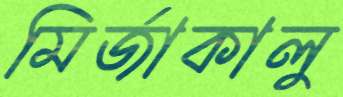
মির্জাকালু